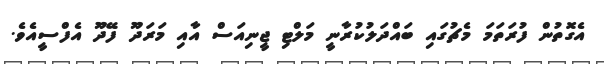
އެގޮތުން ފުރަތަމަ މެޗުގައި ބައްދަލުކުރާނީ މަލްޓި ޖީނިއަސް އާއި މަރަދޫ ފޭދޫ އެފްސީއެވެ.